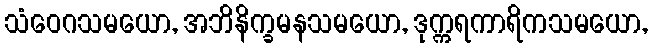
သံဝေဂသမယော, အဘိနိက္ခမနသမယော, ဒုက္ကရကာရိကသမယော,